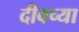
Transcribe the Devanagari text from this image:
दीवच्या